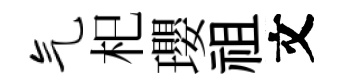
气𣏌瓔祖文